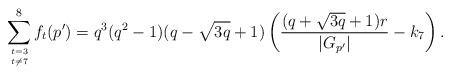
LaTeX: \begin{align*} \sum_{{t=3}\atop{t\neq7}}^{8}f_t(p')=q^3(q^2-1)(q-\sqrt{3q}+1)\left(\frac{(q+\sqrt{3q}+1)r}{|G_{p'}|}-k_7\right).\end{align*}